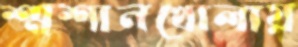
শ্মশানখোলায়